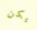
يكن